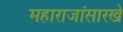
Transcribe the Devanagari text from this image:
महाराजांसारखे